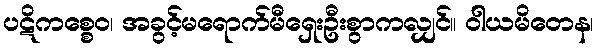
ပဋိကစ္စေဝ၊ အခွင့်မရောက်မီရှေးဦးစွာကလျှင်။ ဝါယမိတေန၊